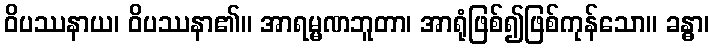
ဝိပဿနာယ၊ ဝိပဿနာ၏။ အာရမ္မဏဘူတာ၊ အာရုံဖြစ်၍ဖြစ်ကုန်သော။ ခန္ဓာ၊